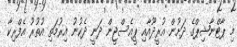
މި ޕާޓްނާޝިޕްގެ ދަށުން އުރީދޫއާއި ޕީއެސްޖީން ދަނީ ދެކުނު އިރުމަތި އުތުރު އެފްރިކާ